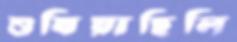
শুষিয়াছিলি